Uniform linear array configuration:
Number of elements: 8
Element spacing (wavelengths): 0.5
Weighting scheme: cosine
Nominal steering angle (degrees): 0
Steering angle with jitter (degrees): -0.9619
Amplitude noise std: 0.05
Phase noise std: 0.05

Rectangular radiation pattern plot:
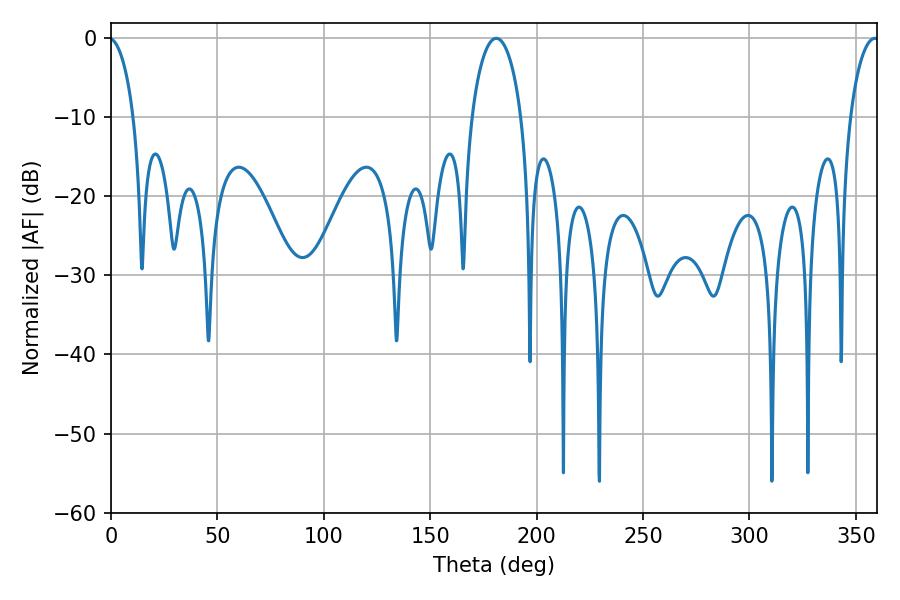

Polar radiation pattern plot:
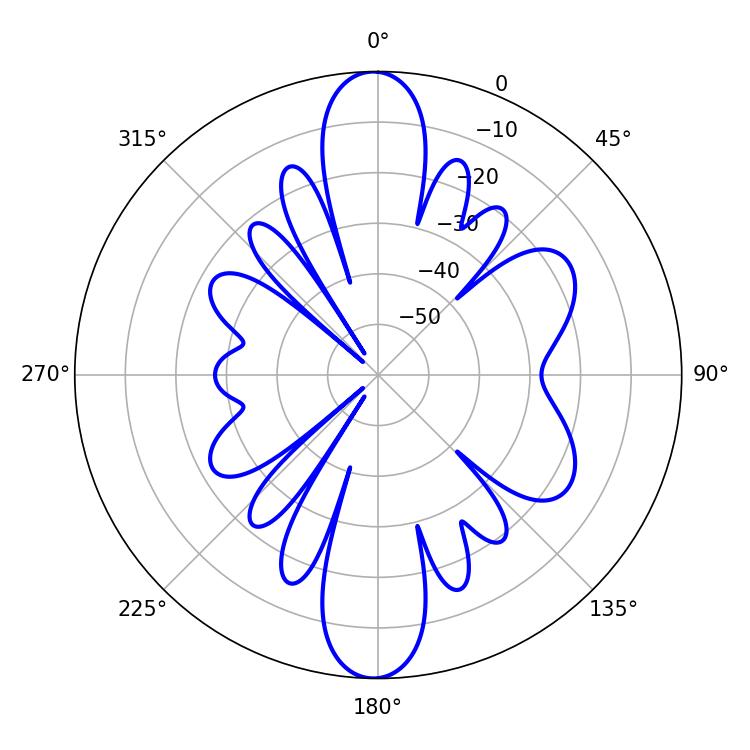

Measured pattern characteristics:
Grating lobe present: FALSE
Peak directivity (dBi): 27.589
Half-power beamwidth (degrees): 13.32
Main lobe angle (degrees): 181.08